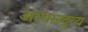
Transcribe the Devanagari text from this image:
आधारद्रव्य